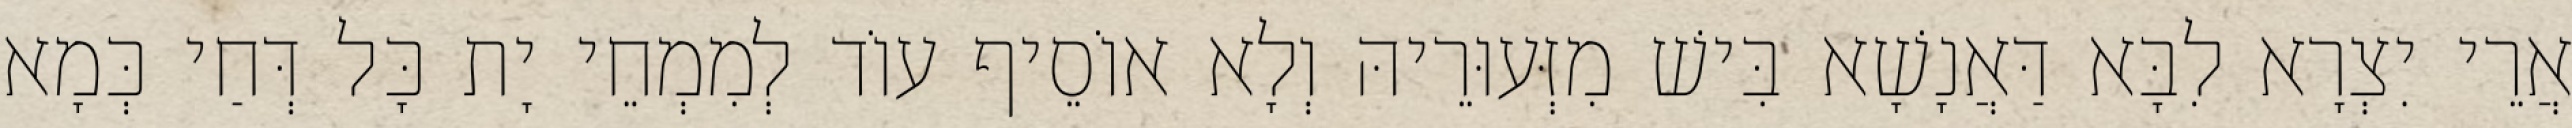
אֲרֵי יִצְרָא לִבָּא דַּאֲנָשָׁא בִּישׁ מִזְּעוּרֵיהּ וְלָא אוֹסֵיף עוֹד לְמִמְחֵי יָת כָּל דְּחַי כְּמָא